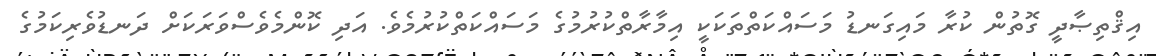
އިޤްތިޞާދީ ގޮތުން ކުރާ މައިގަނޑު މަސައްކަތްތަކަކީ އިމާރާތްކުރުމުގެ މަސައްކަތްކުރުމެވެ. އަދި ކޮންމެވެސްވަރަކަށް ދަނޑުވެރިކަމުގެ